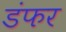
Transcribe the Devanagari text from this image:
डंफर